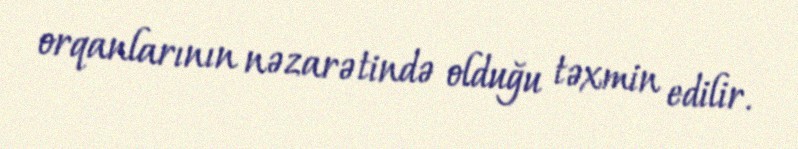
orqanlarının nəzarətində olduğu təxmin edilir.